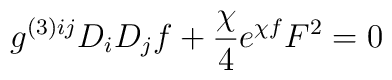
g^{(3) ij} D_{i} D_{j} f  + \frac{\chi}{4} e^{\chi f} F^2 = 0